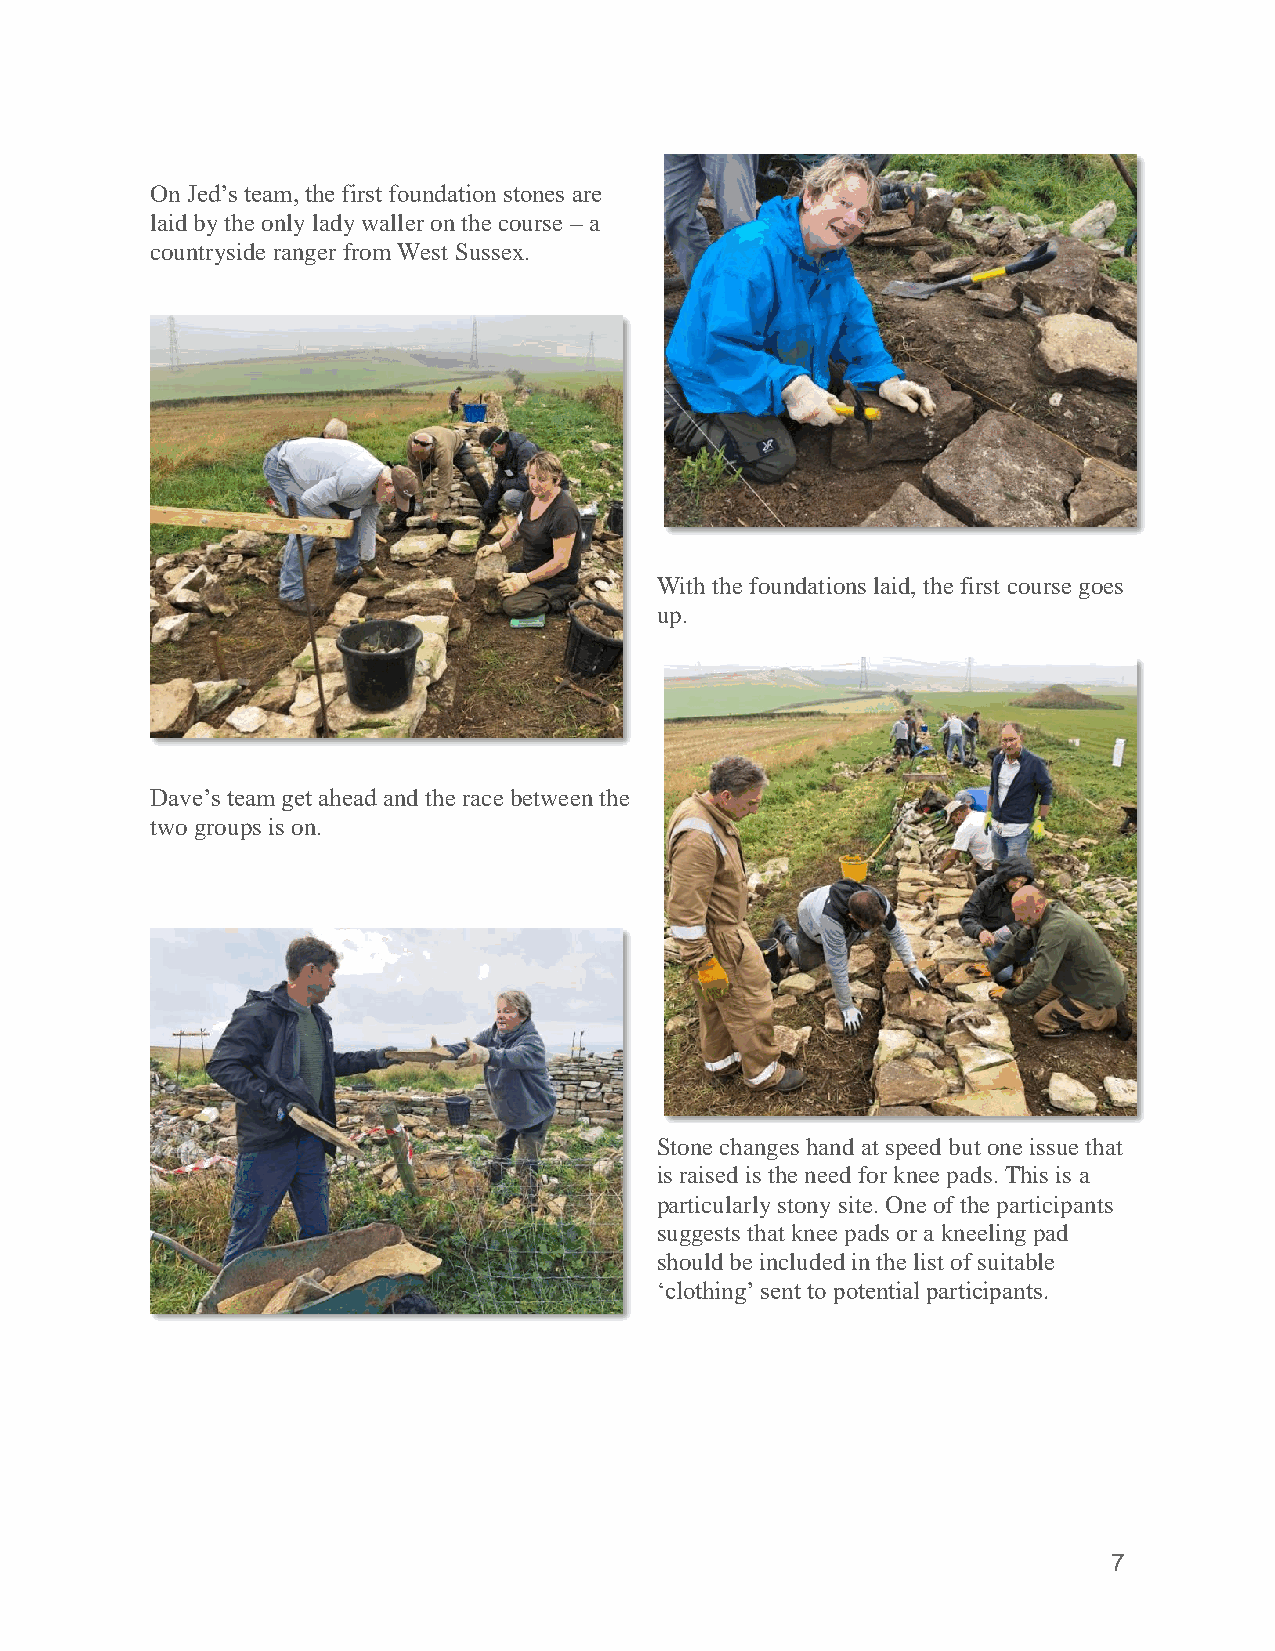
On Jed’s team, the first foundation stones are
 laid by the only lady waller on the course – a
 countryside ranger from West Sussex.
 With the foundations laid, the first course goes
 up.
 Dave’s team get ahead and the race between the
 two groups is on.
 Stone changes hand at speed but one issue that
 is raised is the need for knee pads. This is a
 particularly stony site. One of the participants
 suggests that knee pads or a kneeling pad
 should be included in the list of suitable
 ‘clothing’ sent to potential participants.
 7